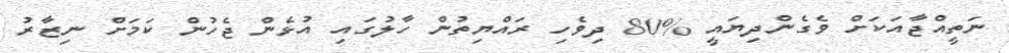
ނަތީއްޖާއަކަށް ވެގެންދިޔައީ %80 ދިވެހި ރައްޔިތުން ހާލުގައި އުޅެން ޖެހުން ކަމަށް ނިޒާރު